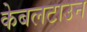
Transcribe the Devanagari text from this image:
केबलटाउन